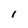
Character: l